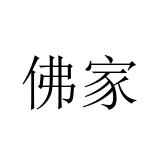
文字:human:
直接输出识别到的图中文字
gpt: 佛家